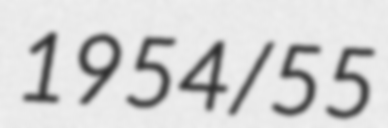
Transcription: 1954/55